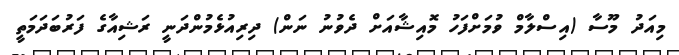
މިއަދު މޫސާ (އިސްލާމް ވުމަށްފަހު މޮއިޝާއަށް ދެވުނު ނަން) ދިރިއުޅެމުންދަނީ ރަޝިއާގެ ފަރުބަދަމަތީ